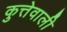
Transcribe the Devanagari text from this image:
कुत्तेवाली